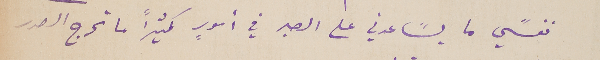
نفسًي ما يسًاعدني على الصبر في أمورٍ كثيراً ما تحرج الصدر